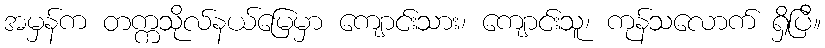
အမှန်က တက္ကသိုလ်နယ်မြေမှာ ကျောင်းသား၊ ကျောင်းသူ၊ ကုန်သလောက် ရှိပြီ။